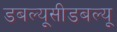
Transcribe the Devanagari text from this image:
डबल्यूसीडबल्यू